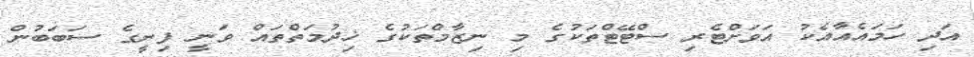
އަދި ހަމައެއާއެކު އަވަށްޓެރި ސްޓޭޓްތަކުގެ މި ނިޒާމްތަކުގެ ޚިދުމަތްތައް ވަނީ ފިނީގެ ސަބަބުން